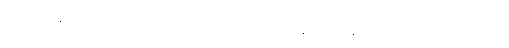
သတို့သားနဲ့ သတို့သမီးရဲ့လက်ကို ရှည်လျားတဲ့ အဝတ်စနဲ့ စည်းနှောင်ပြီး သေတပန်သက်တဆုံး